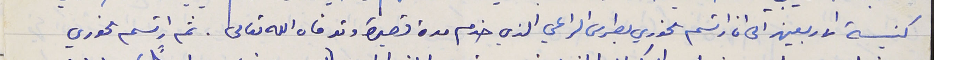
كنيسة الاربعين الى ان ارتسم الخوري بطرس الراعي الذي خدم لمدة قصيرة وتوفاه الله تعالى. ثم ارتسم الخوري